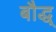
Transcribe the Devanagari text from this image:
बौद्ध्